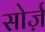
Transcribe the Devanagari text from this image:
सोर्ज़